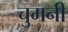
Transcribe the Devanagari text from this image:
चुमनी